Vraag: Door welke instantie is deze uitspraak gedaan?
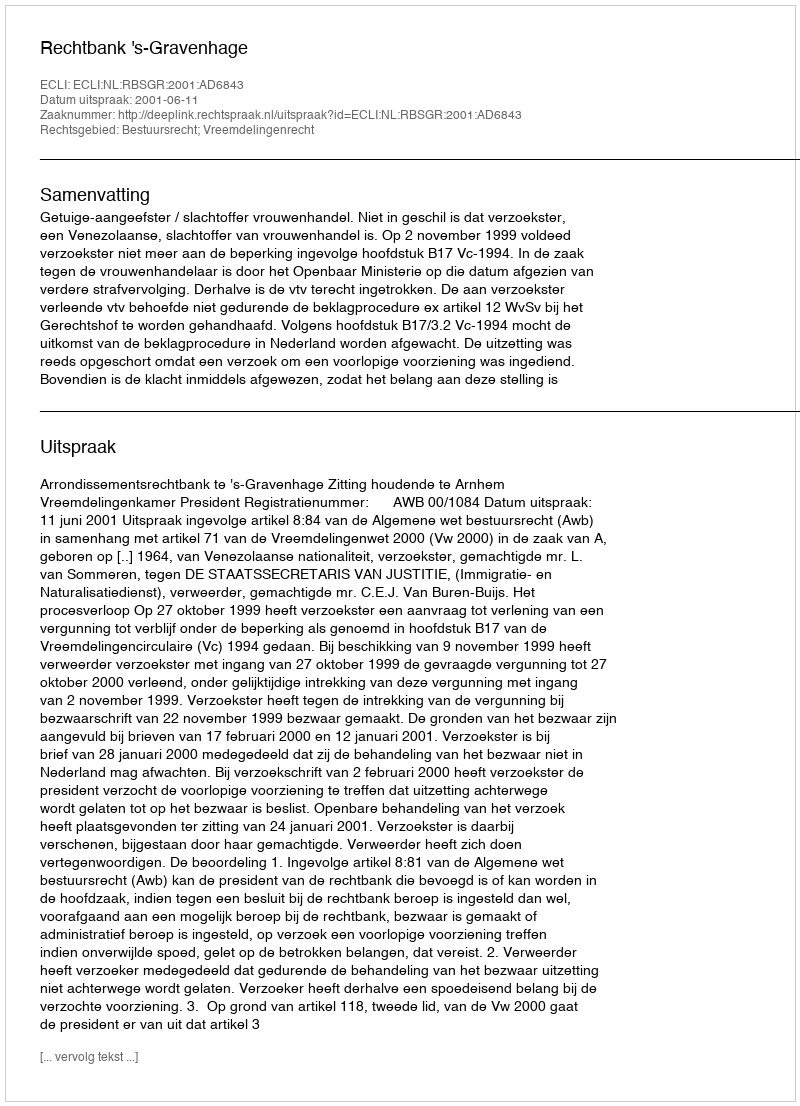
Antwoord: Rechtbank 's-Gravenhage